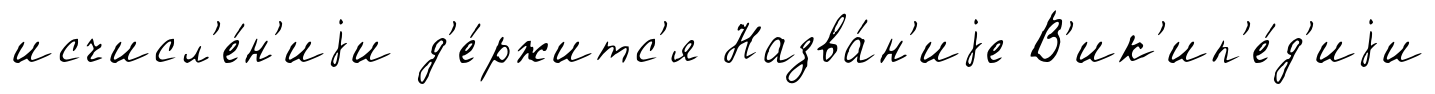
исчисл'е́н'иjи д'е́ржитс'я Назва́н'иjе В'ик'ип'е́д'иjи